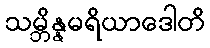
သမ္ဘိန္နမရိယာဒေါတိ